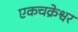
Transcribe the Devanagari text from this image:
एकचक्रेश्वर